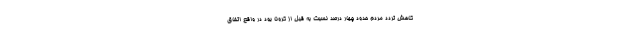
کاهش تردد مردم حدود چهار درصد نسبت به قبل از کرونا بود در واقع اتفاق